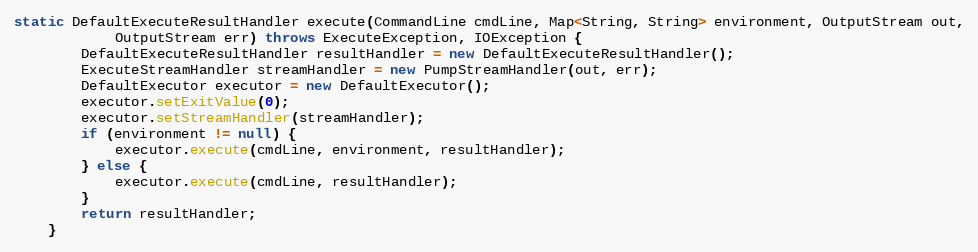
Language: Java
static DefaultExecuteResultHandler execute(CommandLine cmdLine, Map<String, String> environment, OutputStream out,
            OutputStream err) throws ExecuteException, IOException {
        DefaultExecuteResultHandler resultHandler = new DefaultExecuteResultHandler();
        ExecuteStreamHandler streamHandler = new PumpStreamHandler(out, err);
        DefaultExecutor executor = new DefaultExecutor();
        executor.setExitValue(0);
        executor.setStreamHandler(streamHandler);
        if (environment != null) {
            executor.execute(cmdLine, environment, resultHandler);
        } else {
            executor.execute(cmdLine, resultHandler);
        }
        return resultHandler;
    }